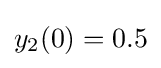
y_{2}(0)=0.5